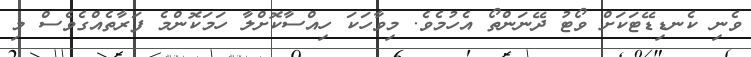
ވެނި ކެނޑިޑޭޓަކަށް ވޯޓު ދޭނަންތޯ އެހުމެވެ. މިވާހަކަ ހިއްސާކޮށްލާ ހަމަކޮންމެ ފަރާތެއްގެވެސް މި